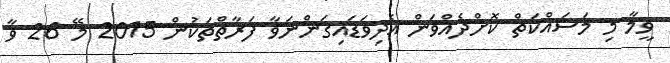
ވީމާ މި މަސައްކަތް ކޮށްދެއްވަން އެދިވަޑައިގަންނަވާ ފަރާތްތަކުން 2015 މޭ 26 ވާ